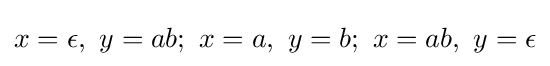
x=\epsilon ,\ y=ab;\ x=a,\ y=b;\ x=ab,\ y=\epsilon